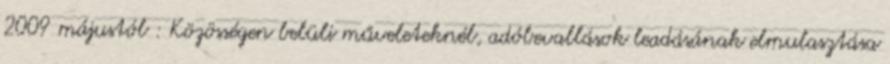
2009 májustól : Közösségen belüli műveleteknél, adóbevallások leadásának elmulasztása